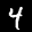
Label: 4